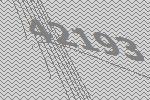
42193